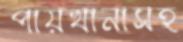
পায়খানাসহ